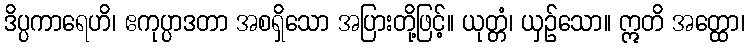
ဒိပ္ပကာရေဟိ၊ ဧကုပ္ပာဒတာ အစရှိသော အပြားတို့ဖြင့်။ ယုတ္တံ၊ ယှဉ်သော။ ဣတိ အတ္ထော၊